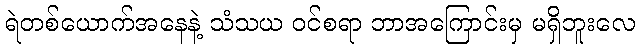
ရဲတစ်ယောက်အနေနဲ့ သံသယ ဝင်စရာ ဘာအကြောင်းမှ မရှိဘူးလေ